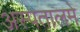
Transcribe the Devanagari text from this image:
अस्पतालमे